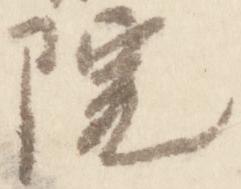
院